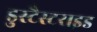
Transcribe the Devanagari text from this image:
डुस्टैस्टराइड